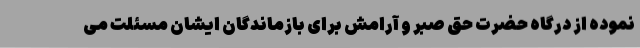
نموده از درگاه حضرت حق صبر و آرامش برای بازماندگان ایشان مسئلت می